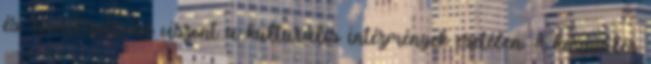
és Sportbizottság viszont a kulturális intézmények esetében. A közgyűlés